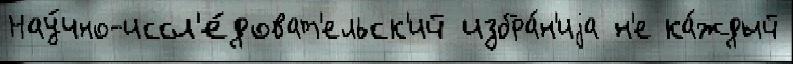
Нау́чно-иссл'е́доват'ельск'ий избра́н'иjа н'е ка́ждый